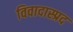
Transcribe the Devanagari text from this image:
विवादास्प्रद